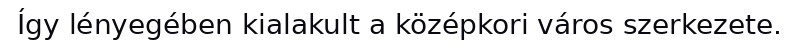
Így lényegében kialakult a középkori város szerkezete.